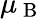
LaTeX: \mu_{\mathrm{~B~}}